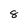
Character: 8